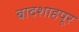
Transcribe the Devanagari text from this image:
बादशाहपूर